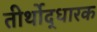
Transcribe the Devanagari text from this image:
तीर्थोद्धारक